Newspaper: The evening Argus. [volume]
Place of publication: Rock Island, Ill.
Publisher: Danforth & Jones
Date: 1870-06-30 00:00:00
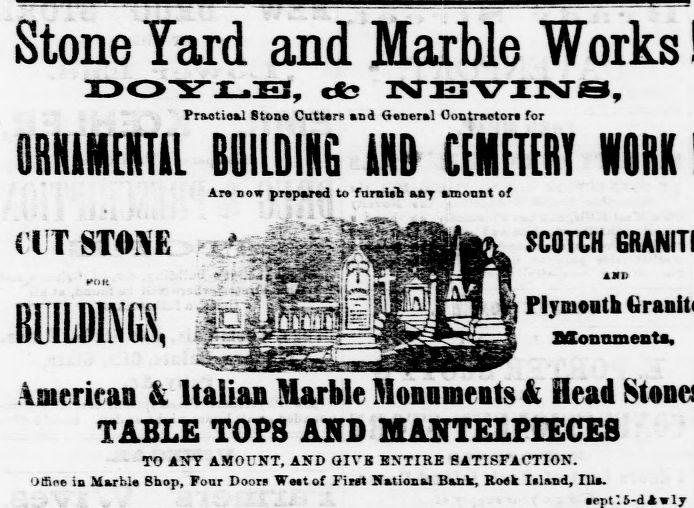
Advertisement text (OCR):
Stone Yard and , cfc Pr&otio&l Stone Cutters ORHIMEHTU BUILDING Are now prepared to a'TSTOXE BUILDINGS, Aateriean & Italian Marble Monuments & Head TABLE TOPS AND MANTELPIECES TO ANT AMOUNT, AND GIVB KNTISB SATISFACTION. Office ia Marble Shop, Four Doors West of First National Bank, Roek Island, Ills. ,.- Marble IVBVINa, end Sexier! Contractor, for MID CEMETEBY furnish any amount of an 1 - SCOTCH " AaB Plymouth Zttonnmenta,
Label: illustrations